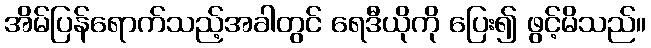
အိမ်ပြန်ရောက်သည့်အခါတွင် ရေဒီယိုကို ပြေး၍ ဖွင့်မိသည်။